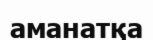
аманатқа